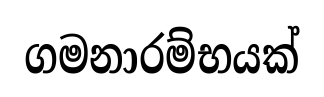
ගමනාරම්භයක්